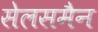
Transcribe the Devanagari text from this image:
सेलसमैन